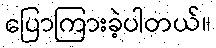
ပြောကြားခဲ့ပါတယ်။